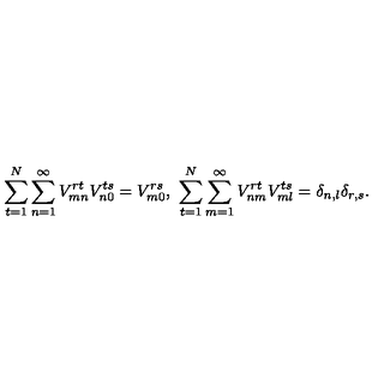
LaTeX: \sum _ { t = 1 } ^ { N } \sum _ { n = 1 } ^ { \infty } V _ { m n } ^ { r t } V _ { n 0 } ^ { t s } = V _ { m 0 } ^ { r s } , \ \sum _ { t = 1 } ^ { N } \sum _ { m = 1 } ^ { \infty } V _ { n m } ^ { r t } V _ { m l } ^ { t s } = \delta _ { n , l } \delta _ { r , s } .